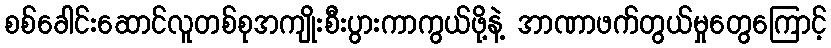
စစ်ခေါင်းဆောင်လူတစ်စုအကျိုးစီးပွားကာကွယ်ဖို့နဲ့ အာဏာဖက်တွယ်မှုတွေကြောင့်